Statistics compiled by the Government of India from the reports of provincial Civil Veterinary Departments
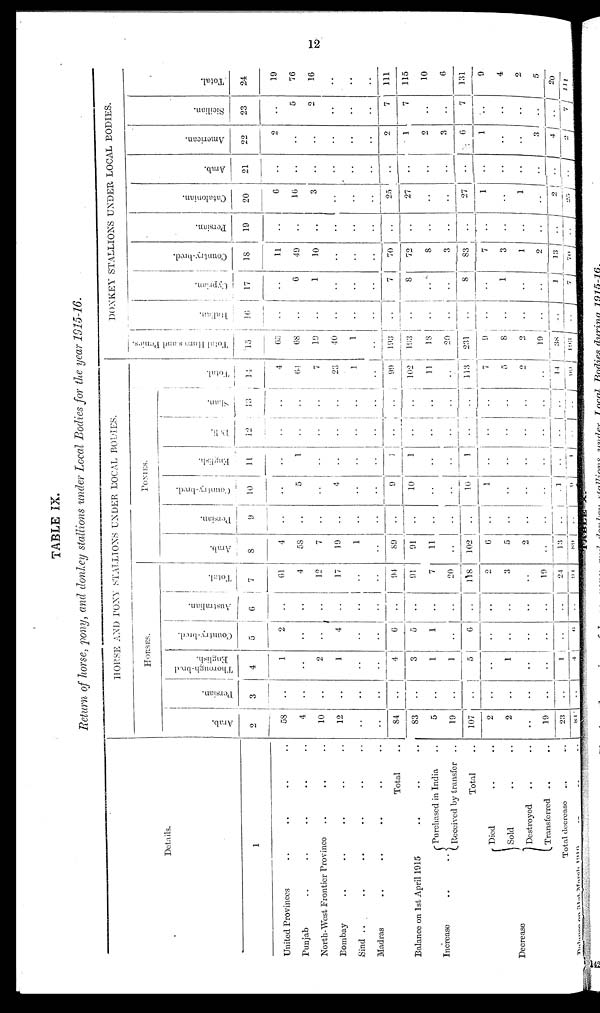
12
TABLE IX.
Return of horse, pony, and donkey stallions under Local Bodies for the year 1915-16.
Details.
1
United Provinces .. .. .. ..
Punjab .. .. .. .. ..
North-West Frontier Province .. .. ..
Bombay .. .. .. .. ..
Sind
..
..
..
..
..
..
Madras .. .. .. .. ..
Total ..
Balance on 1st April 1915 .. .. ..
Increase
..
..
Purchased
in India ..
Receivcd by transfer
..
Total ..
Decrease
Died .. ..
Sold
..
..
Destroyed .. ..
Transferred .. ..
Total decrease .. ..
Balance on 31st March 1916 .. .. ..
HORSE AND PONY STALLIONS UNDER LOCAL BODIES.
HORSES.
Arab.
2
58
4
10
12
..
..
84
83
5
19
107
2
2
..
19
23
84
Persian.
3
..
..
..
..
..
..
..
..
..
..
..
..
..
..
..
..
..
Thorough-bred
English.
4
1
..
2
1
..
..
4
3
1
1
5
..
1
..
..
1
4
Country-bred.
5
2
..
..
4
..
..
6
5
1
..
6
..
..
..
..
..
6
Australian.
6
..
..
..
..
..
..
..
..
..
..
..
..
..
..
..
..
..
Total.
7
61
4
12
17
..
..
94
91
7
20
118
2
3
..
19
24
94
PONI ES.
Arab.
8
4
58
7
19
1
..
89
91
11
..
102
6
5
2
..
13
89
Persian.
9
..
..
..
..
..
..
..
..
..
..
..
..
..
..
..
..
..
Country-bred.
10
..
5
..
4
..
..
9
10
..
..
10
1
..
..
..
1
9
English.
11
..
1
..
..
..
..
1
1
..
..
1
..
..
..
..
..
..
Deli.
12
..
..
..
..
..
..
..
..
..
..
..
..
..
..
..
..
..
Shan.
13
..
..
..
..
..
..
..
..
..
..
..
..
..
..
..
..
..
Total.
14
4
64
7
23
1
..
99
102
11
..
113
7
5
2
..
14
99
DONKEY STALLIONS UNDER LOCAL BODIES.
Total Horse and Penies.
15
65
68
19
40
1
..
193
193
18
20
231
9
8
2
19
38
193
Italian.
16
..
..
..
..
..
..
..
..
..
..
..
..
..
..
..
.. ..
Cyprian.
17
..
6
1
..
..
..
7
8
..
..
8
..
1
..
..
1
7
Country-bred.
18
11
49
10
..
..
..
70
72
8
3
83
7
3
1
2
13
70
Persian.
19
..
..
..
..
..
..
..
..
..
..
..
..
..
..
..
..
..
Catalonian.
20
6
16
3
..
..
..
25
27
..
..
27
1
..
1
..
2
25
Arab.
21
..
..
..
..
..
..
..
..
..
..
..
..
..
..
..
..
..
American.
22
2
..
..
..
..
..
2
1
2
3
6
1
..
..
3
4
2
Sicilian.
23
..
5
2
..
..
..
7
7
..
..
7
..
..
..
..
..
7
Total.
24
19
76
16
..
..
..
111
115
10
6
131
9
4
2
5
20
111